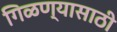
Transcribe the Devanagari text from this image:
गिळण्यासाठी